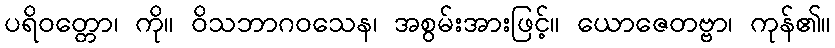
ပရိဝတ္တော၊ ကို။ ဝိသဘာဂဝသေန၊ အစွမ်းအားဖြင့်။ ယောဇေတဗ္ဗာ၊ ကုန်၏။